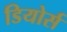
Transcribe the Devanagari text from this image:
डियोर्स